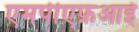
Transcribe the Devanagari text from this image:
एमपीएफ़आई